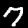
Label: 7